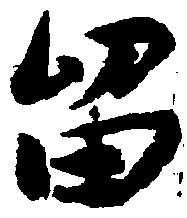
留